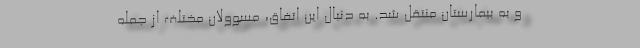
و به بیمارستان منتقل شد. به دنبال این اتفاق، مسوولان مختلف از جمله